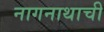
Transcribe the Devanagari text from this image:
नागनाथाची